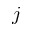
j